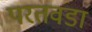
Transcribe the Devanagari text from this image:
परतवडा